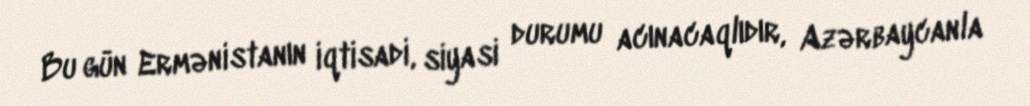
Bu gün Ermənistanın iqtisadi, siyasi durumu acınacaqlıdır, Azərbaycanla